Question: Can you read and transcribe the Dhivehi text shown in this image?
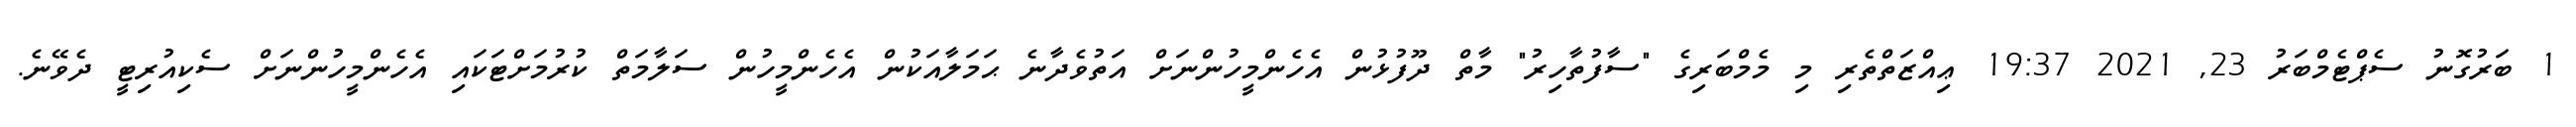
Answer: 1 ބަރުގޮނު ސެޕްޓެމްބަރު 23, 2021 19:37 ޢިއްޒަތްތެރި މި މެމްބަރިގެ "ސާފުތާހިރު" މާތް ދޫފުޅުން އެހެންމީހުންނަށް އަތުވެދާނެ ޙަމަލާއަކުން އެހެންމީހުން ސަލާމަތް ކުރުމަށްޓަކައި އެހެންމީހުންނަށް ސެކިއުރިޓީ ދެވޭނެ.